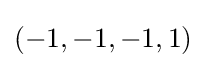
(-1,-1,-1,1)